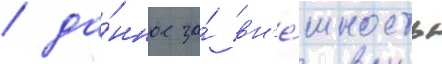
/ да́нное за́ вн'е́шность